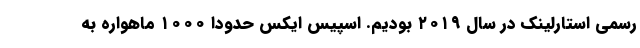
رسمی استارلینک در سال ۲۰۱۹ بودیم. اسپیس ایکس حدوداً ۱۰۰۰ ماهواره به